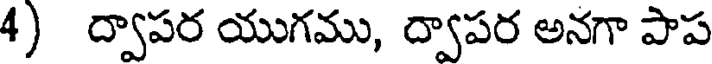
4) ద్వాపర యుగము, ద్వాపర అనగా పాప